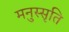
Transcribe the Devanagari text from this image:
मनुस्सृति